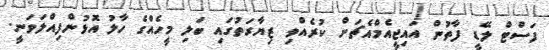
ފަސްޓް ލޭޑީ ފާތުން އައިޖީއެމްއެޗަށް ކުރެއްވި ޒިޔާރަތުގައި ބަލި މީހެއްގެ ހާލު އޮޅުންފިއްލަވަނީ.